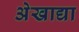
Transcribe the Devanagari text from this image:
अेखाद्या